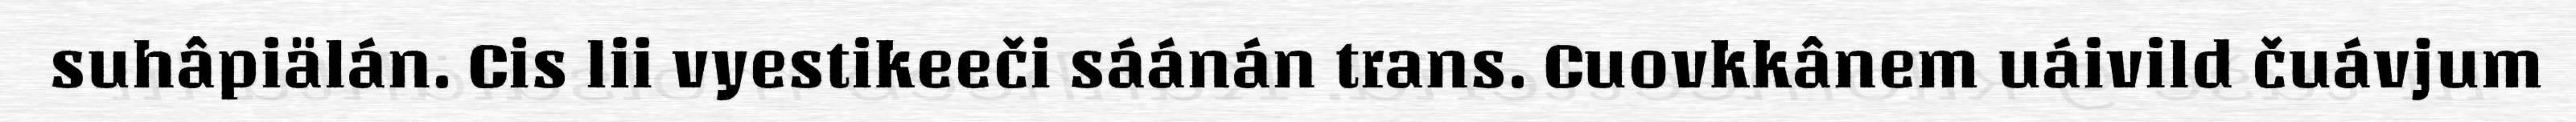
suhâpiälán. Cis lii vyestikeeči sáánán trans. Cuovkkânem uáivild čuávjum